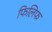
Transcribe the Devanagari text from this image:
फिलिफ